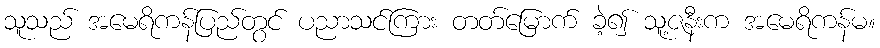
သူသည် အမေရိကန်ပြည်တွင် ပညာသင်ကြား တတ်မြောက် ခဲ့၍ သူ့ဇနီးက အမေရိကန်မ။